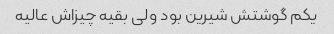
یکم گوشتش شیرین بود ولی بقیه چیزاش عالیه